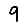
Digit: 9